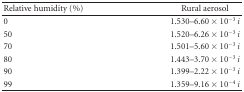
<table><thead><tr><td><b> Relative humidity (%)</b></td><td><b>Rural aerosol</b></td></tr></thead><tbody><tr><td>0</td><td>1.530–6.60 × 10<sup>−3</sup> <i>i </i></td></tr><tr><td>50</td><td>1.520–6.26 × 10<sup>−3</sup> <i>i </i></td></tr><tr><td>70</td><td>1.501–5.60 × 10<sup>−3</sup> <i>i </i></td></tr><tr><td>80</td><td>1.443–3.70 × 10<sup>−3</sup> <i>i </i></td></tr><tr><td>90</td><td>1.399–2.22 × 10<sup>−3</sup> <i>i </i></td></tr><tr><td>99</td><td>1.359–9.16 × 10<sup>−4</sup> <i>i </i></td></tr></tbody></table>